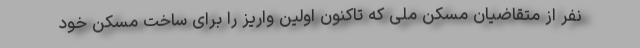
نفر از متقاضیان مسکن ملی که تاکنون اولین واریز را برای ساخت مسکن خود